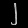
Digit: ၂